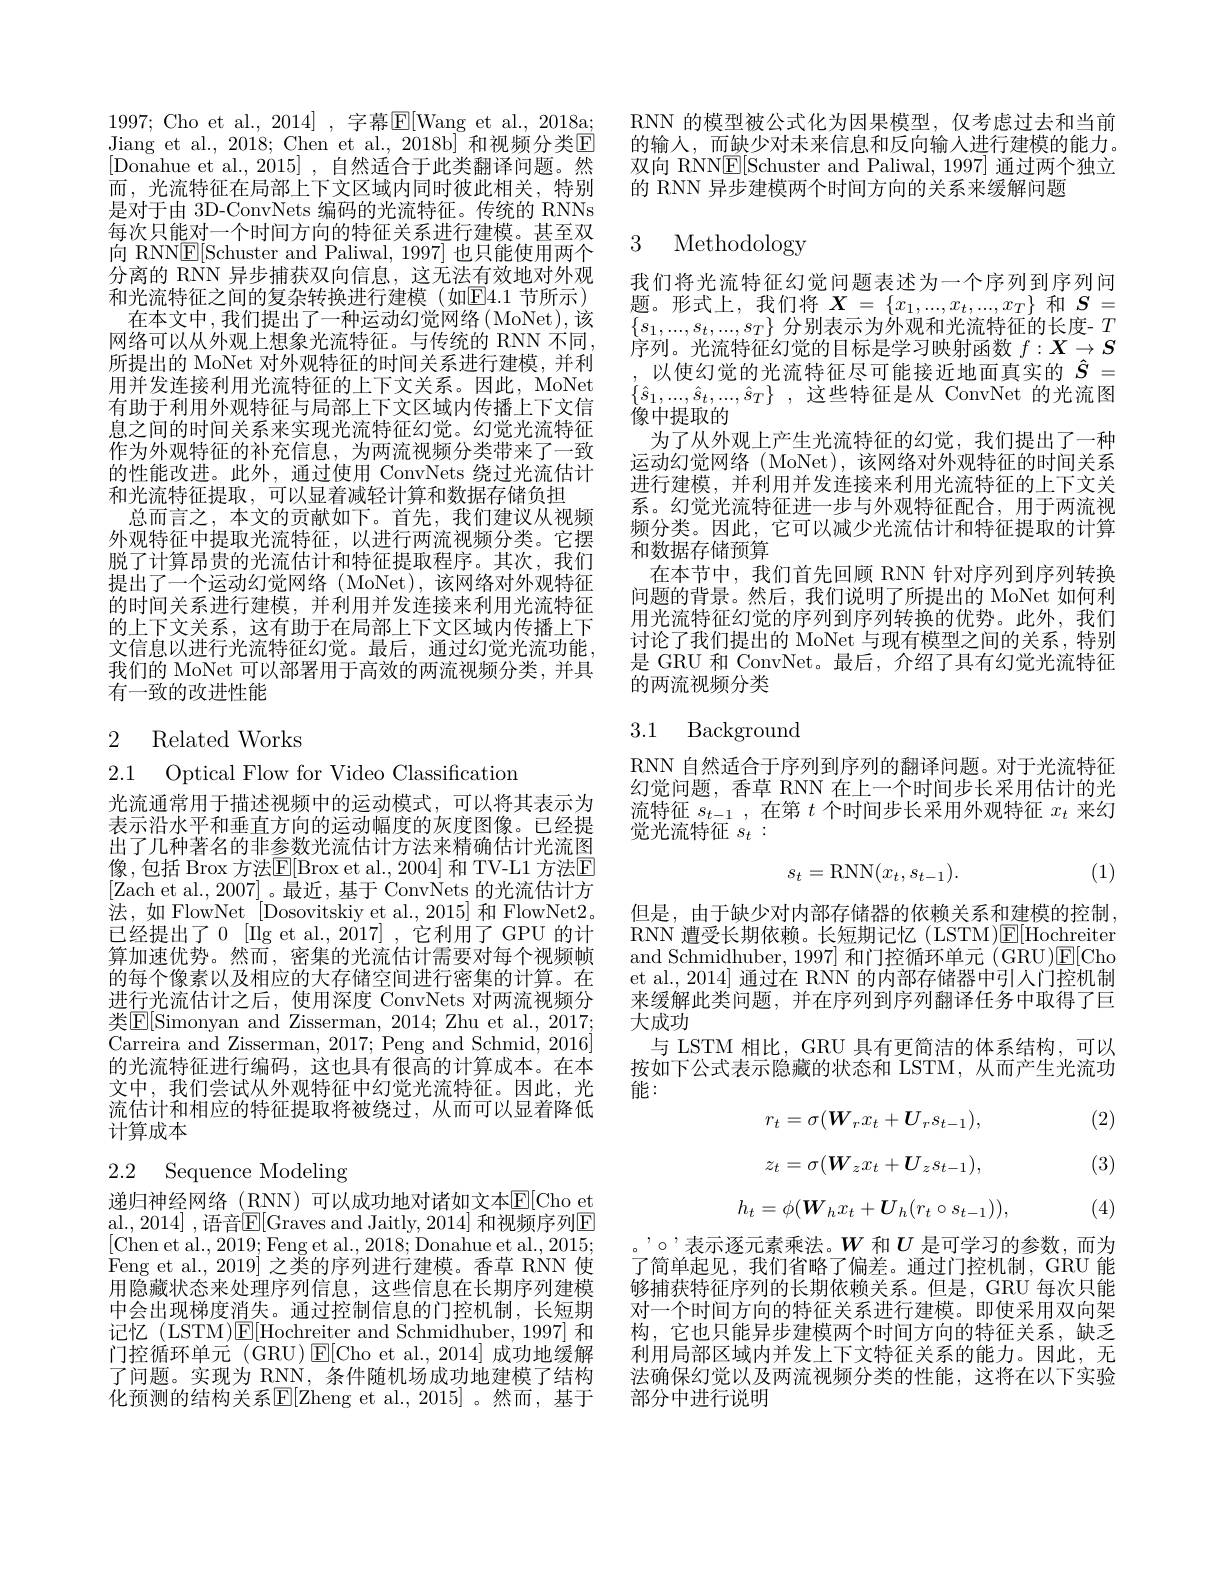
1997;Cho et al., 2014] , 字幕$\mathbb{E}[$Wang et al., 2018a; Jiang et al., 2018; Chen et al., 2018b] 和视频分类E [Donahue et al., 2015] , 自然适合于此类翻译问题。然而，光流特征在局部上下文区域内同时彼此相关，特别是对于由 3D-ConvNets 编码的光流特征。传统的 RNNs 每次只能对一个时间方向的特征关系进行建模。甚至双向 RNNE[Schuster and Paliwal, 1997] 也只能使用两个分离的 RNN 异步捕获双向信息，这无法有效地对外观和光流特征之间的复杂转换进行建模(如回4.1 节所示) 在本文中，我们提出了一种运动幻觉网络(MoNet),该
网络可以从外观上想象光流特征。与传统的 RNN 不同， 所提出的 MoNet 对外观特征的时间关系进行建模，并利用并发连接利用光流特征的上下文关系。因此，MoNet 有助于利用外观特征与局部上下文区域内传播上下文信息之间的时间关系来实现光流特征幻觉。幻觉光流特征作为外观特征的补充信息，为两流视频分类带来了一致的性能改进。此外，通过使用 ConvNets 绕过光流估计和光流特征提取，可以显着减轻计算和数据存储负担
总而言之，本文的贡献如下。首先，我们建议从视频外观特征中提取光流特征，以进行两流视频分类。它摆脱了计算昂贵的光流估计和特征提取程序。其次，我们提出了一个运动幻觉网络(MoNet),该网络对外观特征的时间关系进行建模，并利用并发连接来利用光流特征的上下文关系，这有助于在局部上下文区域内传播上下文信息以进行光流特征幻觉。最后，通过幻觉光流功能， 我们的 MoNet 可以部署用于高效的两流视频分类，并具有一致的改进性能

# 2 Related Works

2.1 Optical Flow for Video Classification

光流通常用于描述视频中的运动模式，可以将其表示为表示沿水平和垂直方向的运动幅度的灰度图像。已经提出了几种著名的非参数光流估计方法来精确估计光流图像，包括 Brox 方法E$[ Brox et al. , 2004]$ 和 TV-L1 方法E [Zach et al., 2007] 。最近，基于 ConvNets 的光流估计方${\text{法，如 FlowNet}}[$Dosovitskiy et al.,2015]和 FlowNet2。已经提出了0 [Ilg et al., 2017] , 它利用了 GPU 的计算加速优势。然而，密集的光流估计需要对每个视频帧的每个像素以及相应的大存储空间进行密集的计算。在进行光流估计之后，使用深度 ConvNets 对两流视频分类$\mathbb{E}[$Simonyan and Zisserman, 2014; Zhu et al., 2017; Carreira and Zisserman, 2017; Peng and Schmid, 2016] 的光流特征进行编码，这也具有很高的计算成本。在本文中，我们尝试从外观特征中幻觉光流特征。因此，光流估计和相应的特征提取将被绕过，从而可以显着降低计算成本

# 2.2 Sequence Modeling

递归神经网络(RNN)可以成功地对诸如文本$\overline{\mathrm{E}}[$Cho et al., 2014] , 语音$\overline{\mathbb{E}}[$Graves and Jaitly, 2014] 和视频序列$\underline{\mathbb{E}}$ [Chen et al., 2019; Feng et al., 2018; Donahue et al., 2015; Feng et al., 2019] 之类的序列进行建模。香草 RNN 使用隐藏状态来处理序列信息，这些信息在长期序列建模中会出现梯度消失。通过控制信息的门控机制，长短期记忆 (LSTM)$\mathsf E[$Hochreiter and Schmidhuber, 1997] 和门控循环单元 (GRU)$\operatorname{E}[$Cho et al.,2014]成功地缓解了问题。实现为 RNN, 条件随机场成功地建模了结构化预测的结构关系$\mathbb{E}[$Zheng et al.,2015]。然而，基于

RNN 的模型被公式化为因果模型，仅考虑过去和当前的输人，而缺少对未来信息和反向输入进行建模的能力。双向 RNNE[Schuster and Paliwal, 1997] 通过两个独立的 RNN 异步建模两个时间方向的关系来缓解问题

### 3 Methodology

我们将光流特征幻觉问题表述为一个序列到序列问题。形式上，我们将$X=\left\{x_1,...,x_t,...,x_T\right\}$和$S=$ $\{s_1,...,s_t,...,s_T\}$分别表示为外观和光流特征的长度- $T$ 序列。光流特征幻觉的目标是学习映射函数$f:\boldsymbol{X}\to\boldsymbol{S}$ 以使幻觉的光流特征尽可能接近地面真实的$\hat{S}=$
$\{ \hat{s} _1, . . . , \hat{s} _t, . . . , \hat{s} _T\}$ ,这些特征是从 ConvNet 的光流图
像中提取的
为了从外观上产生光流特征的幻觉，我们提出了一种运动幻觉网络 (MoNet),该网络对外观特征的时间关系进行建模，并利用并发连接来利用光流特征的上下文关系。幻觉光流特征进一步与外观特征配合，用于两流视频分类。因此，它可以减少光流估计和特征提取的计算和数据存储预算
在本节中，我们首先回顾 RNN 针对序列到序列转换问题的背景。然后，我们说明了所提出的 MoNet 如何利用光流特征幻觉的序列到序列转换的优势。此外，我们讨论了我们提出的 MoNet 与现有模型之间的关系，特别是 GRU 和 ConvNet。最后，介绍了具有幻觉光流特征的两流视频分类

## 3.1 Background

RNN 自然适合于序列到序列的翻译问题。对于光流特征幻觉问题，香草 RNN 在上一个时间步长采用估计的光流特征$s_{t-1}$,在第$t$个时间步长采用外观特征$x_t$来幻觉光流特征$s_t:$

(1)
$$s_t=\mathrm{RNN}(x_t,s_{t-1}).$$
但是，由于缺少对内部存储器的依赖关系和建模的控制， RNN 遭受长期依赖。长短期记忆 (LSTM)$\mathbb{E}[$Hochreiter and Schmidhuber,1997] 和门控循环单元(GRU)E[Cho et al., 2014] 通过在 RNN 的内部存储器中引入门控机制来缓解此类问题，并在序列到序列翻译任务中取得了巨大成功
与 LSTM 相比，GRU 具有更简洁的体系结构，可以按如下公式表示隐藏的状态和 LSTM, 从而产生光流功能：

(2)
$$r_t=\sigma(\boldsymbol{W}_rx_t+\boldsymbol{U}_rs_{t-1}),$$
$$z_t=\sigma(\boldsymbol{W}_zx_t+\boldsymbol{U}_zs_{t-1}),$$
$$h_t=\phi(\boldsymbol W_hx_t+\boldsymbol U_h(r_t\circ s_{t-1})),$$
(3)

(4)

,'o'表示逐元素乘法。$W$和$U$是可学习的参数，而为了简单起见，我们省略了偏差。通过门控机制，GRU 能够捕获特征序列的长期依赖关系。但是，GRU 每次只能对一个时间方向的特征关系进行建模。即使采用双向架构，它也只能异步建模两个时间方向的特征关系，缺乏利用局部区域内并发上下文特征关系的能力。因此，无法确保幻觉以及两流视频分类的性能，这将在以下实验部分中进行说明